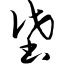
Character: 垡